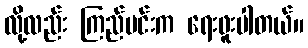
လို့လည်း ကြည်မင်းက ရေးဖူးပါတယ်။